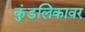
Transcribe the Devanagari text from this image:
कुंडलिकावर